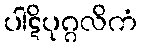
ပါဋိပုဂ္ဂလိကံ